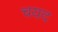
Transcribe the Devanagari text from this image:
चयद